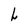
Character: L